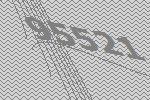
95521